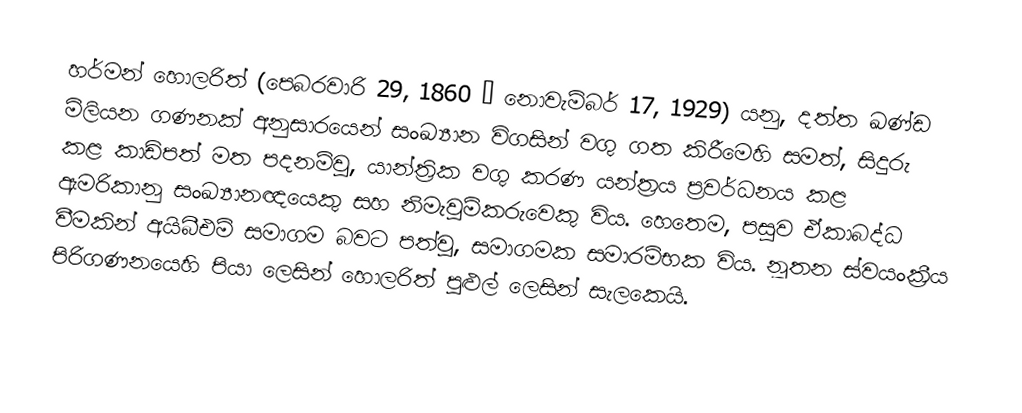
හර්මන් හොලරිත් (පෙබරවාරි 29, 1860 – නොවැම්බර් 17, 1929) යනු, දත්ත ඛණ්ඩ මිලියන ගණනක් අනුසාරයෙන් සංඛ්‍යාන විගසින් වගු ගත කිරීමෙහි සමත්, සිදුරු කළ කාඩ්පත් මත පදනම්වූ, යාන්ත්‍රික  වගු කරණ යන්ත්‍රය ප්‍රවර්ධනය කළ  ඇමරිකානු සංඛ්‍යානඥයෙකු සහ  නිමැවුම්කරුවෙකු විය. හෙතෙම, පසුව ඒකාබද්ධ වීමකින්  අයිබීඑම් සමාගම බවට පත්වූ, සමාගමක සමාරම්භක විය. නූතන ස්වයංක්‍රීය පිරිගණනයෙහි පියා ලෙසින් හොලරිත් පුළුල් ලෙසින් සැලකෙයි.